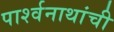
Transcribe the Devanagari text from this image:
पार्श्वनाथांची